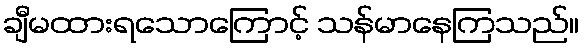
ချီမထားရသောကြောင့် သန်မာနေကြသည်။